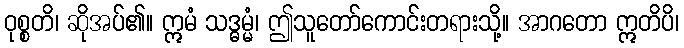
ဝုစ္စတိ၊ ဆိုအပ်၏။ ဣမံ သဒ္ဓမ္မံ၊ ဤသူတော်ကောင်းတရားသို့။ အာဂတော ဣတိပိ၊